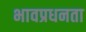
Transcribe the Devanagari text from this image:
भावप्रधनता